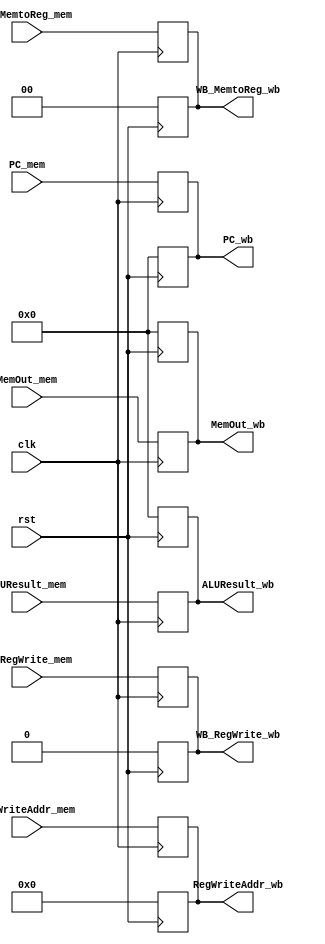
module MEM_WB(  
    input clk,
    input rst,
    //control signals
    input [1:0] WB_MemtoReg_mem,
    input WB_RegWrite_mem,
    //address
    input [4:0] RegWriteAddr_mem,
    //data
    input [31:0] PC_mem,
    input [31:0] ALUResult_mem,
    input [31:0] MemOut_mem,
    
    output reg[1:0] WB_MemtoReg_wb,
    output reg WB_RegWrite_wb,
    output reg[4:0] RegWriteAddr_wb,
    output reg[31:0] PC_wb,
    output reg[31:0] ALUResult_wb,
    output reg[31:0] MemOut_wb
);
    always @(posedge rst) begin
        WB_MemtoReg_wb<=0;
        WB_RegWrite_wb<=0;
        PC_wb<=0;
        ALUResult_wb<=0;
        MemOut_wb<=0;
        RegWriteAddr_wb<=0;
    end
    always @(posedge clk ) begin
        WB_MemtoReg_wb<=WB_MemtoReg_mem;
        WB_RegWrite_wb<=WB_RegWrite_mem;
        PC_wb<=PC_mem;
        ALUResult_wb<=ALUResult_mem;
        MemOut_wb<=MemOut_mem;
        RegWriteAddr_wb<=RegWriteAddr_mem;
    end
endmodule